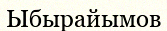
Ыбырайымов